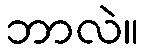
ဘာလဲ။